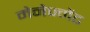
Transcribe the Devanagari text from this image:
मेनेज्मेंट